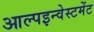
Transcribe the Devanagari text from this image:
आल्पइन्वेस्टमेंट